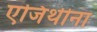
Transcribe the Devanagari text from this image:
एजिथीना